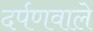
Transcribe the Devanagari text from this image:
दर्पणवाले